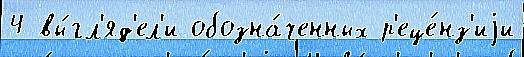
4 вы́гл'яд'ел'и обозна́ченных р'еце́нз'иjи